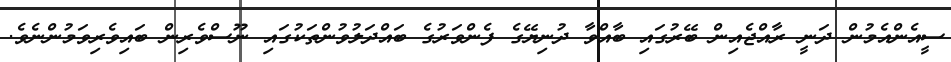
ސީއެންއެމުން ދަނީ ރާއްޖެއިން ބޭރުގައި ބާއްވާ ދުނިޔޭގެ ފެންވަރުގެ ބައްދަލުވުންތަކުގައި ނޫސްވެރިން ބައިވެރިވަމުންނެވެ.